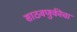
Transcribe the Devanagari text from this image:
साठवणुकीचा